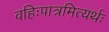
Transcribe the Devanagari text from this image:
वहिःपात्रमित्यर्थः